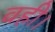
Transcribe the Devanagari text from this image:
वही।